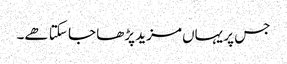
جس پر یہاں مزید پڑھا جا سکتا ھے۔